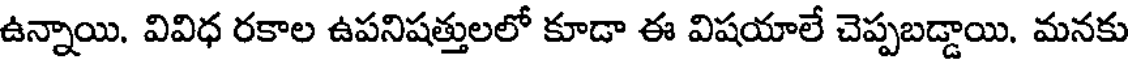
ఉన్నాయి. వివిధ రకాల ఉపనిషత్తులలో కూడా ఈ విషయాలే చెప్పబడ్డాయి. మనకు